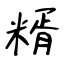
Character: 糈